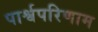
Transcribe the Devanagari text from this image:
पार्श्वपरिणाम